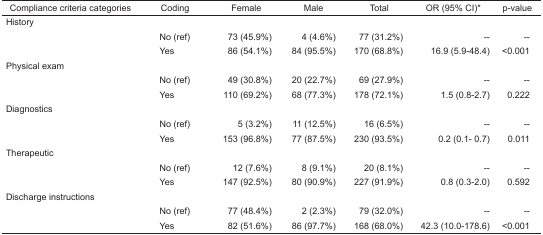
<table><thead><tr><td><b>Compliance criteria categories</b></td><td><b>Coding</b></td><td><b>Female</b></td><td><b>Male</b></td><td><b>Total</b></td><td><b>OR (95% CI)*</b></td><td><b>p-value</b></td></tr></thead><tbody><tr><td colspan="7">History</td></tr><tr><td></td><td>No (ref)</td><td>73 (45.9%)</td><td>4 (4.6%)</td><td>77 (31.2%)</td><td>--</td><td>--</td></tr><tr><td></td><td>Yes</td><td>86 (54.1%)</td><td>84 (95.5%)</td><td>170 (68.8%)</td><td>16.9 (5.9–48.4)</td><td>&lt;0.001</td></tr><tr><td colspan="7">Physical exam</td></tr><tr><td></td><td>No (ref)</td><td>49 (30.8%)</td><td>20 (22.7%)</td><td>69 (27.9%)</td><td>--</td><td>--</td></tr><tr><td></td><td>Yes</td><td>110 (69.2%)</td><td>68 (77.3%)</td><td>178 (72.1%)</td><td>1.5 (0.8–2.7)</td><td>0.222</td></tr><tr><td colspan="7">Diagnostics</td></tr><tr><td></td><td>No (ref)</td><td>5 (3.2%)</td><td>11 (12.5%)</td><td>16 (6.5%)</td><td>--</td><td>--</td></tr><tr><td></td><td>Yes</td><td>153 (96.8%)</td><td>77 (87.5%)</td><td>230 (93.5%)</td><td>0.2 (0.1– 0.7)</td><td>0.011</td></tr><tr><td colspan="7">Therapeutic</td></tr><tr><td></td><td>No (ref)</td><td>12 (7.6%)</td><td>8 (9.1%)</td><td>20 (8.1%)</td><td>--</td><td>--</td></tr><tr><td></td><td>Yes</td><td>147 (92.5%)</td><td>80 (90.9%)</td><td>227 (91.9%)</td><td>0.8 (0.3–2.0)</td><td>0.592</td></tr><tr><td colspan="7">Discharge instructions</td></tr><tr><td></td><td>No (ref)</td><td>77 (48.4%)</td><td>2 (2.3%)</td><td>79 (32.0%)</td><td>--</td><td>--</td></tr><tr><td></td><td>Yes</td><td>82 (51.6%)</td><td>86 (97.7%)</td><td>168 (68.0%)</td><td>42.3 (10.0–178.6)</td><td>&lt;0.001</td></tr></tbody></table>